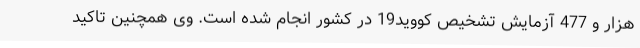
هزار و 477 آزمایش تشخیص کووید19 در کشور انجام شده است. وی همچنین تاکید